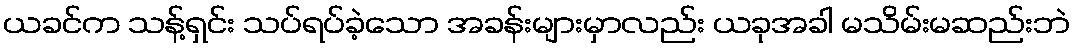
ယခင်က သန့်ရှင်း သပ်ရပ်ခဲ့သော အခန်းများမှာလည်း ယခုအခါ မသိမ်းမဆည်းဘဲ